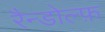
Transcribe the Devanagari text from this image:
रैन्डोल्फ़